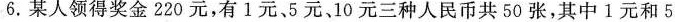
6.某人领得奖金220元，有1元、5元，10元三种人民币共50张，其中1元和5